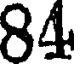
84